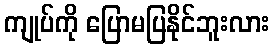
ကျုပ်ကို ပြောမပြနိုင်ဘူးလား